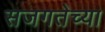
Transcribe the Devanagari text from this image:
सजगतेच्या